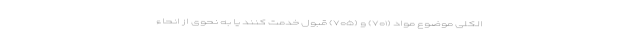
الکلی موضوع مواد (۷۰۱) و (۷۰۵) قبول خدمت کنند یا به نحوی از انحاء